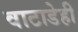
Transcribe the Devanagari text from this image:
वाटाडेही